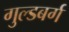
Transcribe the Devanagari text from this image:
गुल्डबर्ग